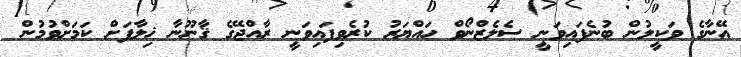
އޭނާގެ ވަކީލުން ބުނެފައިވަނީ ސެލެޒްނޯވް ހައްޔަރު ކުރެވިފައިވަނީ ރާއްޖޭގެ ޤާނޫނާ ޚިލާފަށް ކަމަށްވުމުން